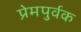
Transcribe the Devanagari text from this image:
प्रेमपुर्वक